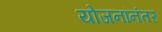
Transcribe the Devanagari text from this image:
योजनांनंतर